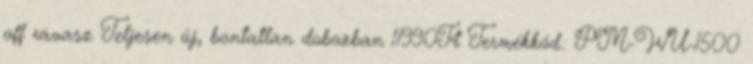
off ravasz Teljesen új, bontatlan dobozban 11990Ft Termékkód.: PM-WU-1500